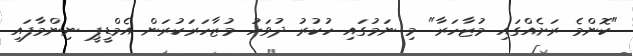
"ކޮންމެ ރަށެއްގައި މުޒާހަރާ" މި ނަމުގައި ހުކުރު ދުވަހު މުޒާހަރަކުރަން އެމްޑީޕީ ނިންމާފައި